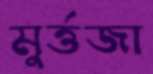
মুর্ত্তজা